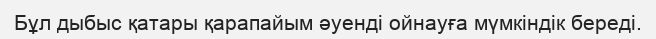
Бұл дыбыс қатары қарапайым әуенді ойнауға мүмкіндік береді.